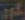
كور